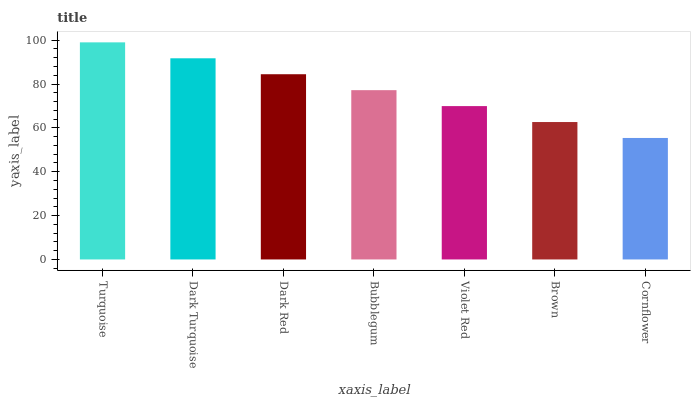
| xaxis_label | bars |
 | --- | --- |
 | Turquoise | 99 |
 | Dark Turquoise | 91.7 |
 | Dark Red | 84.5 |
 | Bubblegum | 77.2 |
 | Violet Red | 69.9 |
 | Brown | 62.7 |
 | Cornflower | 55.4 |